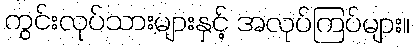
ကွင်းလုပ်သားများနှင့် အလုပ်ကြပ်များ။